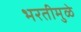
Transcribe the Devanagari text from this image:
भरतीमुळे